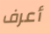
أعرف